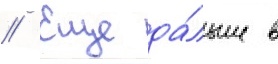
// Еще да́льше в